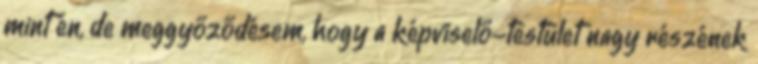
mint én, de meggyőződésem, hogy a képviselő-testület nagy részének